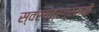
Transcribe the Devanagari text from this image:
स्वरयंत्रग्रसनी